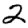
Digit: 2